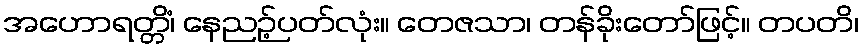
အဟောရတ္တိံ၊ နေညဉ့်ပတ်လုံး။ တေဇသာ၊ တန်ခိုးတော်ဖြင့်။ တပတိ၊